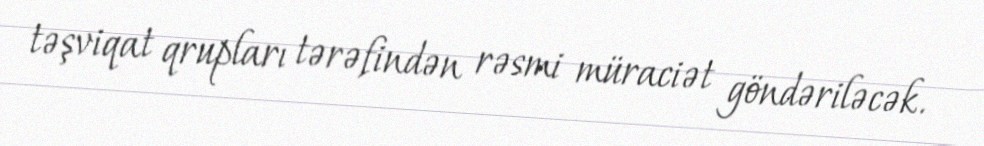
təşviqat qrupları tərəfindən rəsmi müraciət göndəriləcək.